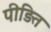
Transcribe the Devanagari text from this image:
पीड़ित